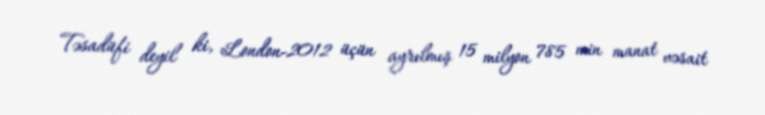
Təsadüfi deyil ki, London-2012 üçün ayrılmış 15 milyon 785 min manat vəsait